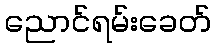
ညောင်ရမ်းခေတ်